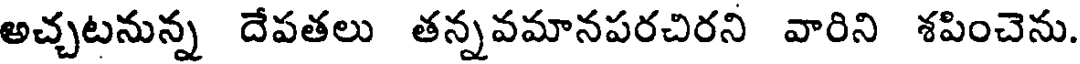
అచ్చటనున్న దేపతలు తన్నవమానపరచిరని వారిని శపించెను.